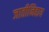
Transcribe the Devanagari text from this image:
जातीनिहाय